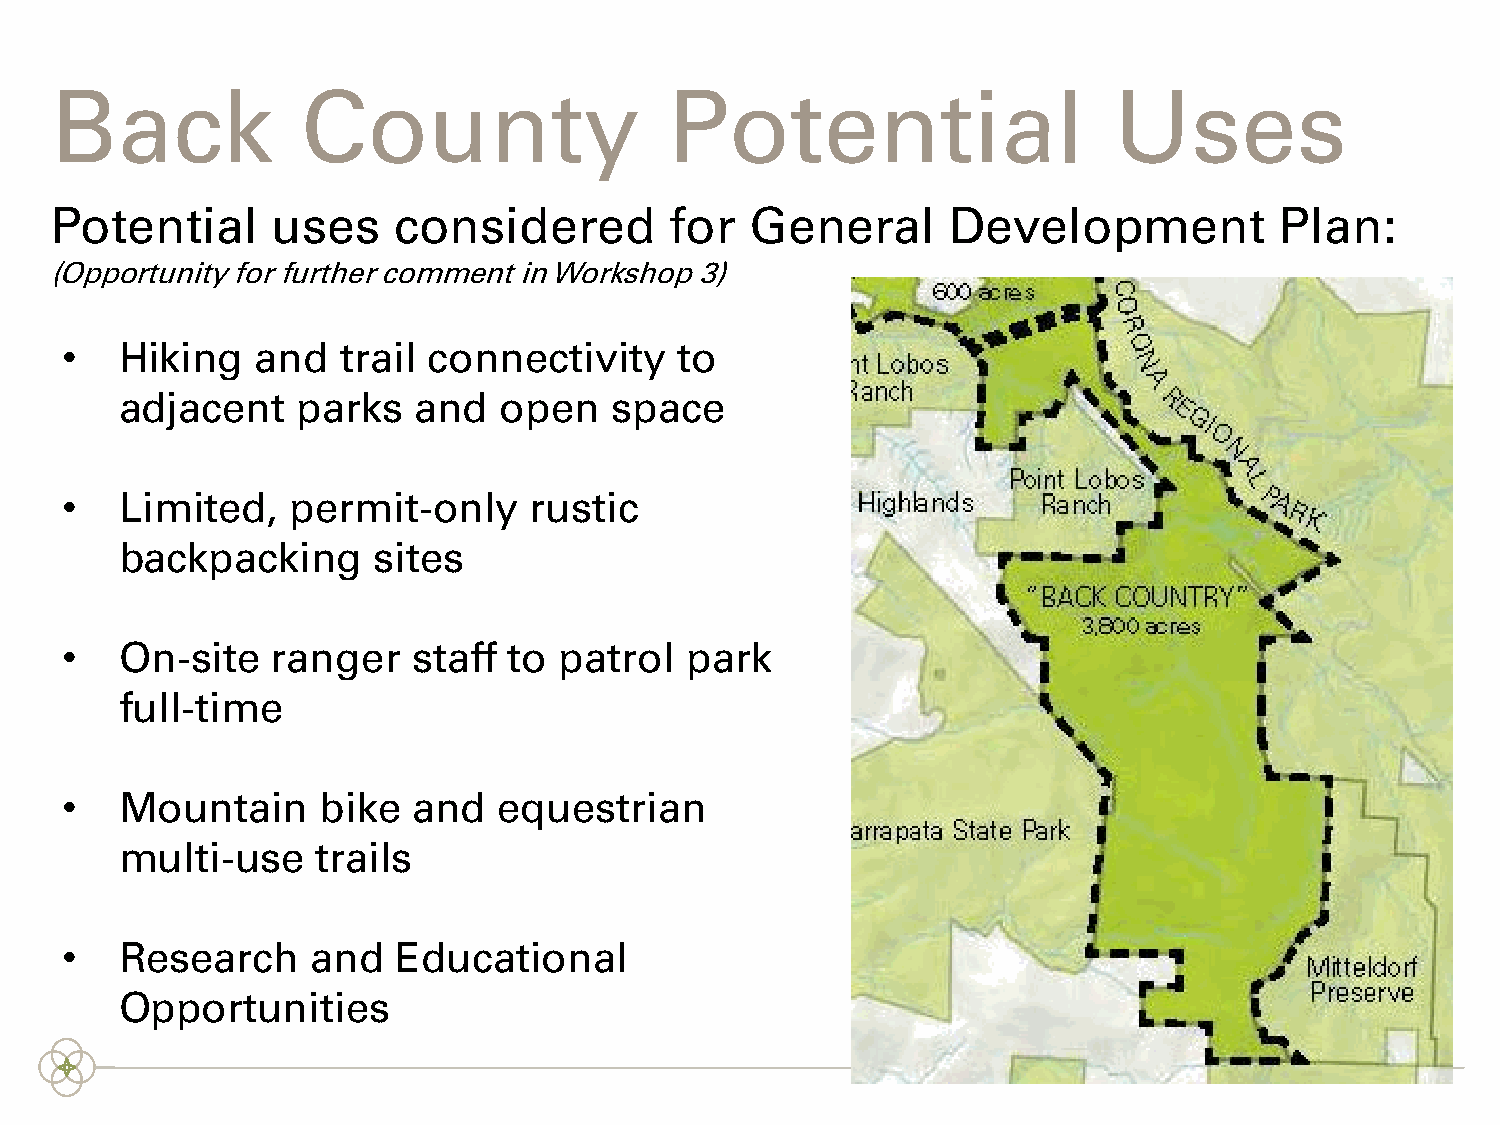
Back             County                  Potential                     Uses
 Potential      uses    considered        for   General      Development           Plan:
 (Opportunity for further comment in Workshop 3)
 •   Hiking   and   trail connectivity    to
 adjacent    parks  and   open   space
 •   Limited,   permit-only     rustic
 backpacking      sites
 •   On-site   ranger   staff  to patrol  park
 full-time
 •   Mountain     bike  and   equestrian
 multi-use    trails
 •   Research     and  Educational
 Opportunities